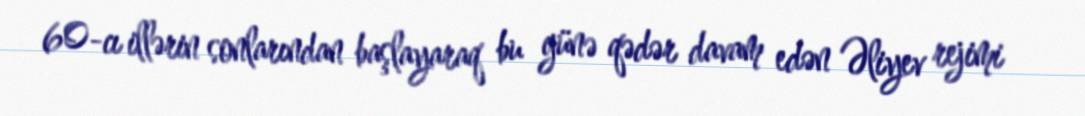
60-cı illərin sonlarından başlayaraq bu günə qədər davam edən Əliyev rejimi